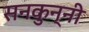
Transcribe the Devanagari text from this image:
सनकुन्नी